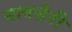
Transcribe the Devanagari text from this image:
नागसेरी